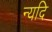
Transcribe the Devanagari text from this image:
न्यदि